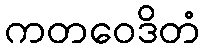
ကတဝေဒိတံ